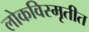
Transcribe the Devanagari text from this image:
लोकविस्मृतीत